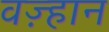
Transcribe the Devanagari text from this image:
वज़्हान